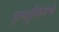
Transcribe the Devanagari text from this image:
इन्शुलिनचे